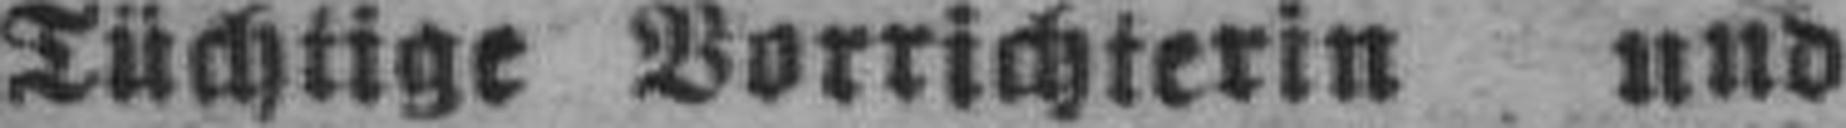
Tüchtige Vorrichterin und